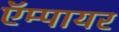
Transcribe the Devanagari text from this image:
ऍम्पायर